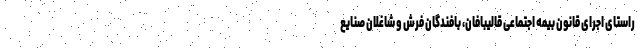
راستای اجرای قانون بیمه اجتماعی قالیبافان، بافندگان فرش و شاغلان صنایع